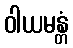
ဝါယမန္တံ